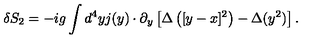
\delta S _ { 2 } = - i g \int d ^ { 4 } y j ( y ) \cdot \partial _ { y } \left[ \Delta \left( [ y - x ] ^ { 2 } \right) - \Delta ( y ^ { 2 } ) \right] .